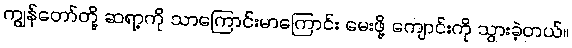
ကျွန်တော်တို့ ဆရာ့ကို သာကြောင်းမာကြောင်း မေးဖို့ ကျောင်းကို သွားခဲ့တယ်။